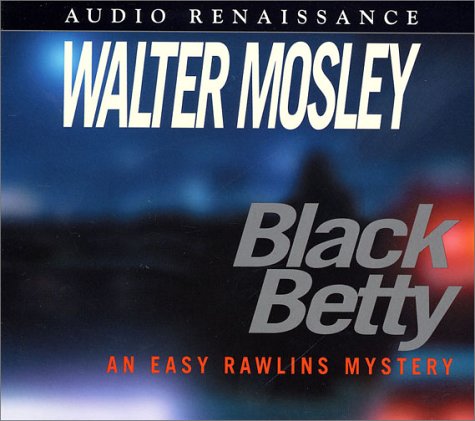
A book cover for Black Betty (Easy Rawlins Mysteries); Walter Mosley; Mystery, Thriller & Suspense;